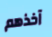
آخذهم